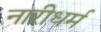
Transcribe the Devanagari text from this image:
नारीधर्म